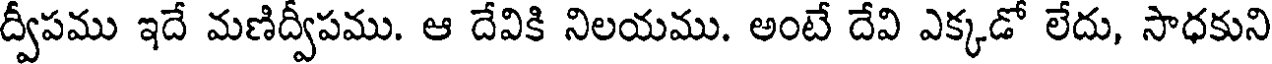
ద్వీపము ఇదే మణిద్వీపము. ఆ దేవికి నిలయము. అంటే దేవి ఎక్కడో లేదు, సాధకుని